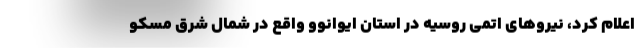
اعلام کرد، نیروهای اتمی روسیه در استان ایوانوو واقع در شمال شرق مسکو